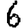
Digit: 6